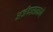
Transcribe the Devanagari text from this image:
अर्जदारामध्ये